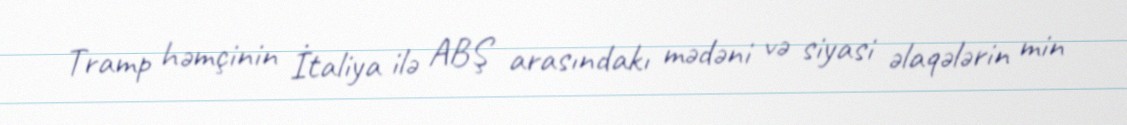
Tramp həmçinin İtaliya ilə ABŞ arasındakı mədəni və siyasi əlaqələrin min